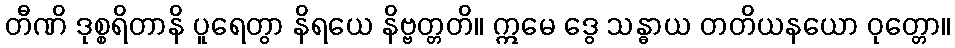
တီဏိ ဒုစ္စရိတာနိ ပူရေတွာ နိရယေ နိဗ္ဗတ္တတိ။ ဣမေ ဒွေ သန္ဓာယ တတိယနယော ဝုတ္တော။